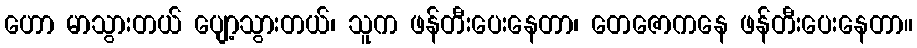
ဟော မာသွားတယ် ပျော့သွားတယ်၊ သူက ဖန်တီးပေးနေတာ၊ တေဇောကနေ ဖန်တီးပေးနေတာ။